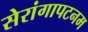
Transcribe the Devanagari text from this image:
सेरांगापटनम